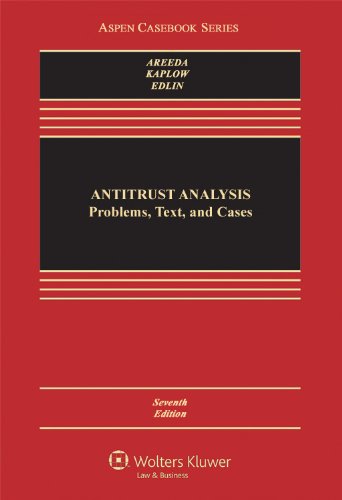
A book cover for Antitrust Analysis: Problems, Text, and Cases, Seventh Edition (Aspen Casebook); Phillip E. Areeda; Law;